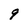
Character: 9